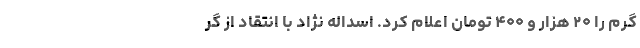
گرم را ۲۰ هزار و ۴۰۰ تومان اعلام کرد. اسداله نژاد با انتقاد از گر